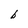
Character: b